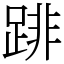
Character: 䠊